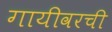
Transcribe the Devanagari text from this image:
गायीवरची